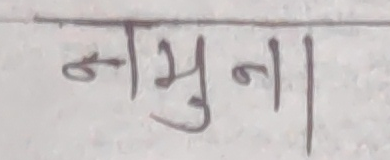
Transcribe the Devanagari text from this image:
नमुना।।